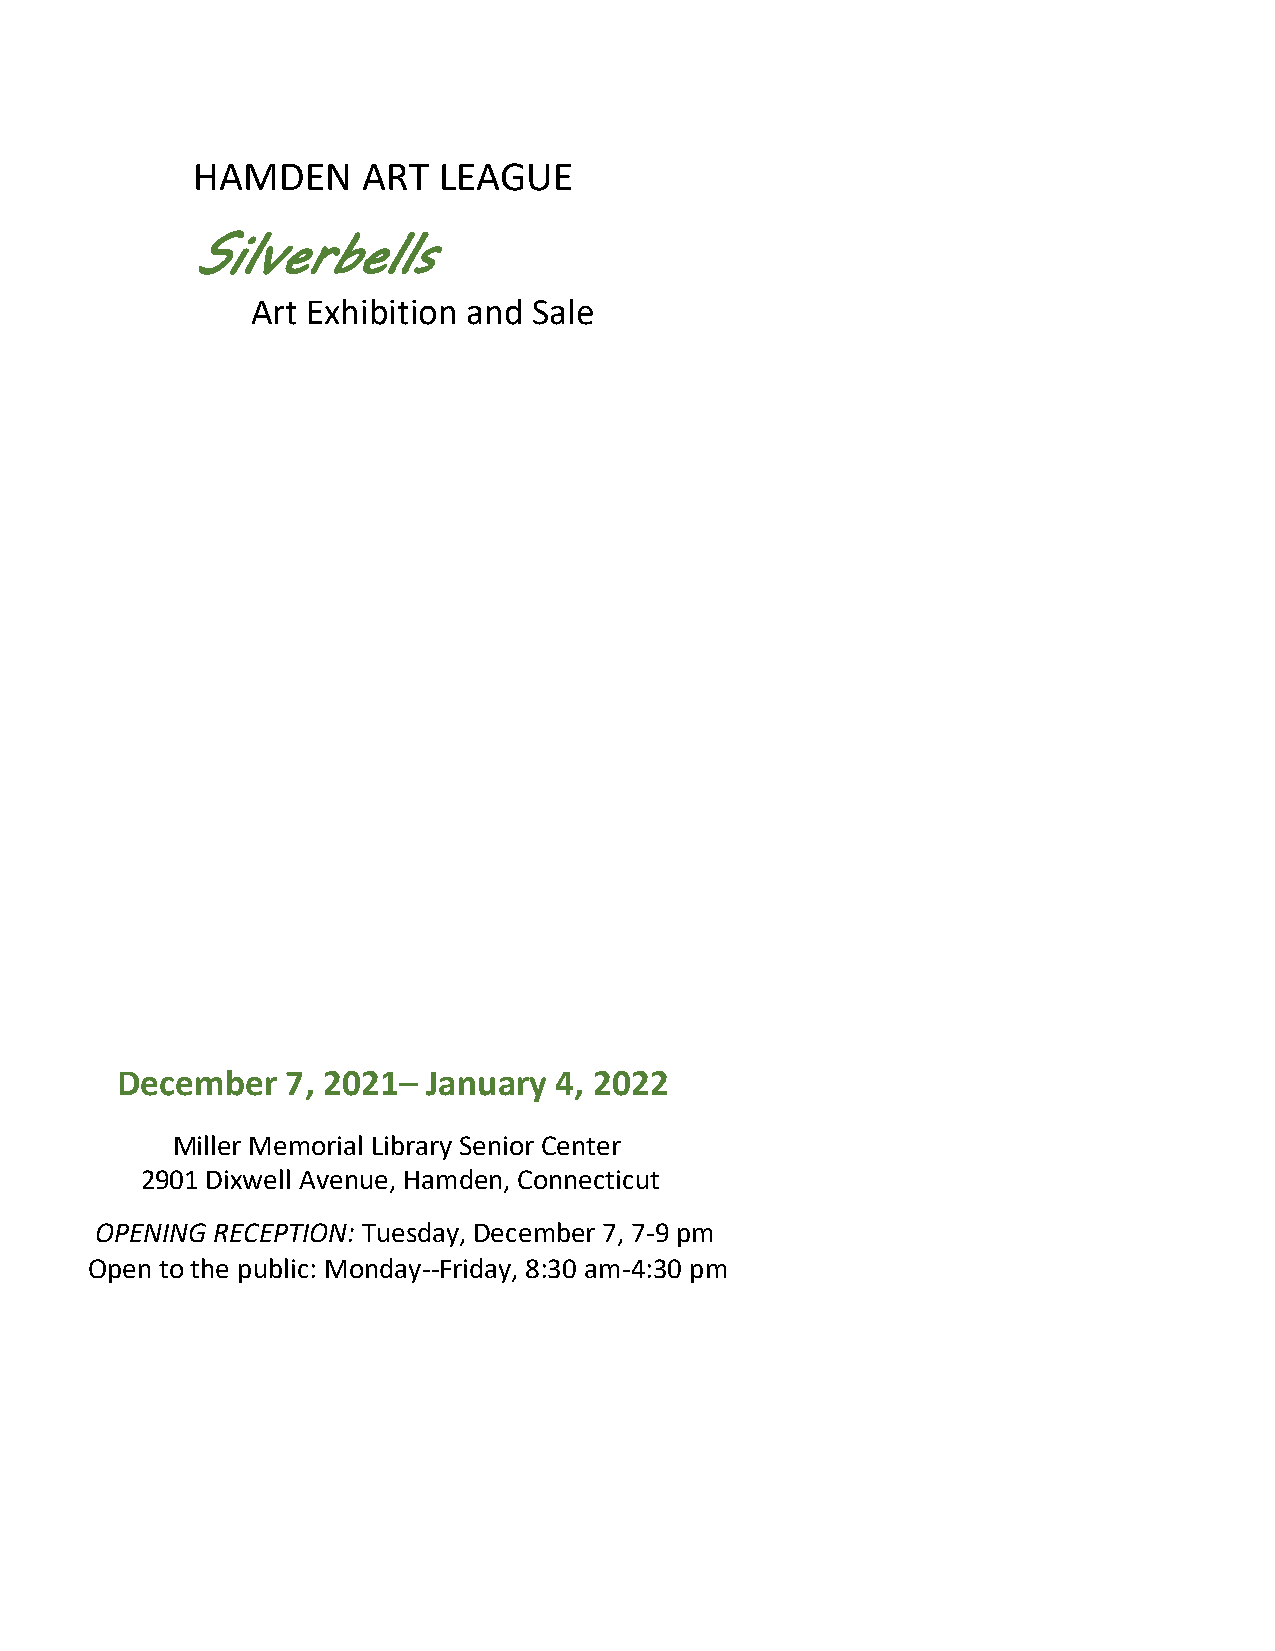
HAMDEN     ART  LEAGUE
 Silverbells
 Art Exhibition and Sale
 December   7, 2021– January  4, 2022
 Miller Memorial Library Senior Center
 2901 Dixwell Avenue, Hamden, Connecticut
 OPENING RECEPTION: Tuesday, December 7, 7-9 pm
 Open to the public: Monday--Friday, 8:30 am-4:30 pm